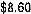
$8.60